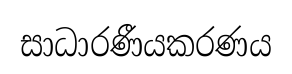
සාධාරණීයකරණය